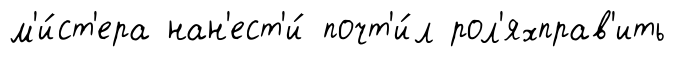
м'и́ст'ера нан'ест'и́ почт'и́л рол'яхправ'ить